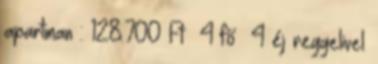
apartman : 128.700 Ft 4 fő 4 éj reggelivel